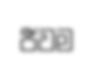
ජීවම